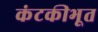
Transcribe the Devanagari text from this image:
कंटकीभूत